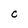
Character: C